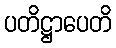
ပတိဋ္ဌာပေတိ